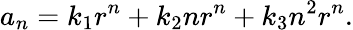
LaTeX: a_{n}=k_{1}r^{n}+k_{2}nr^{n}+k_{3}n^{2}r^{n}.